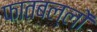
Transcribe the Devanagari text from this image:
फातबल्लों